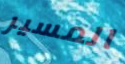
المسير